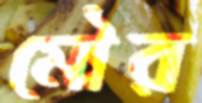
মৌর